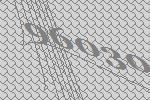
96030